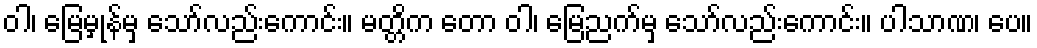
ဝါ၊ မြေမှုန်မှ သော်လည်းကောင်း။ မတ္တိက တော ဝါ၊ မြေညက်မှ သော်လည်းကောင်း။ ပါသာဏ၊ ပေ။